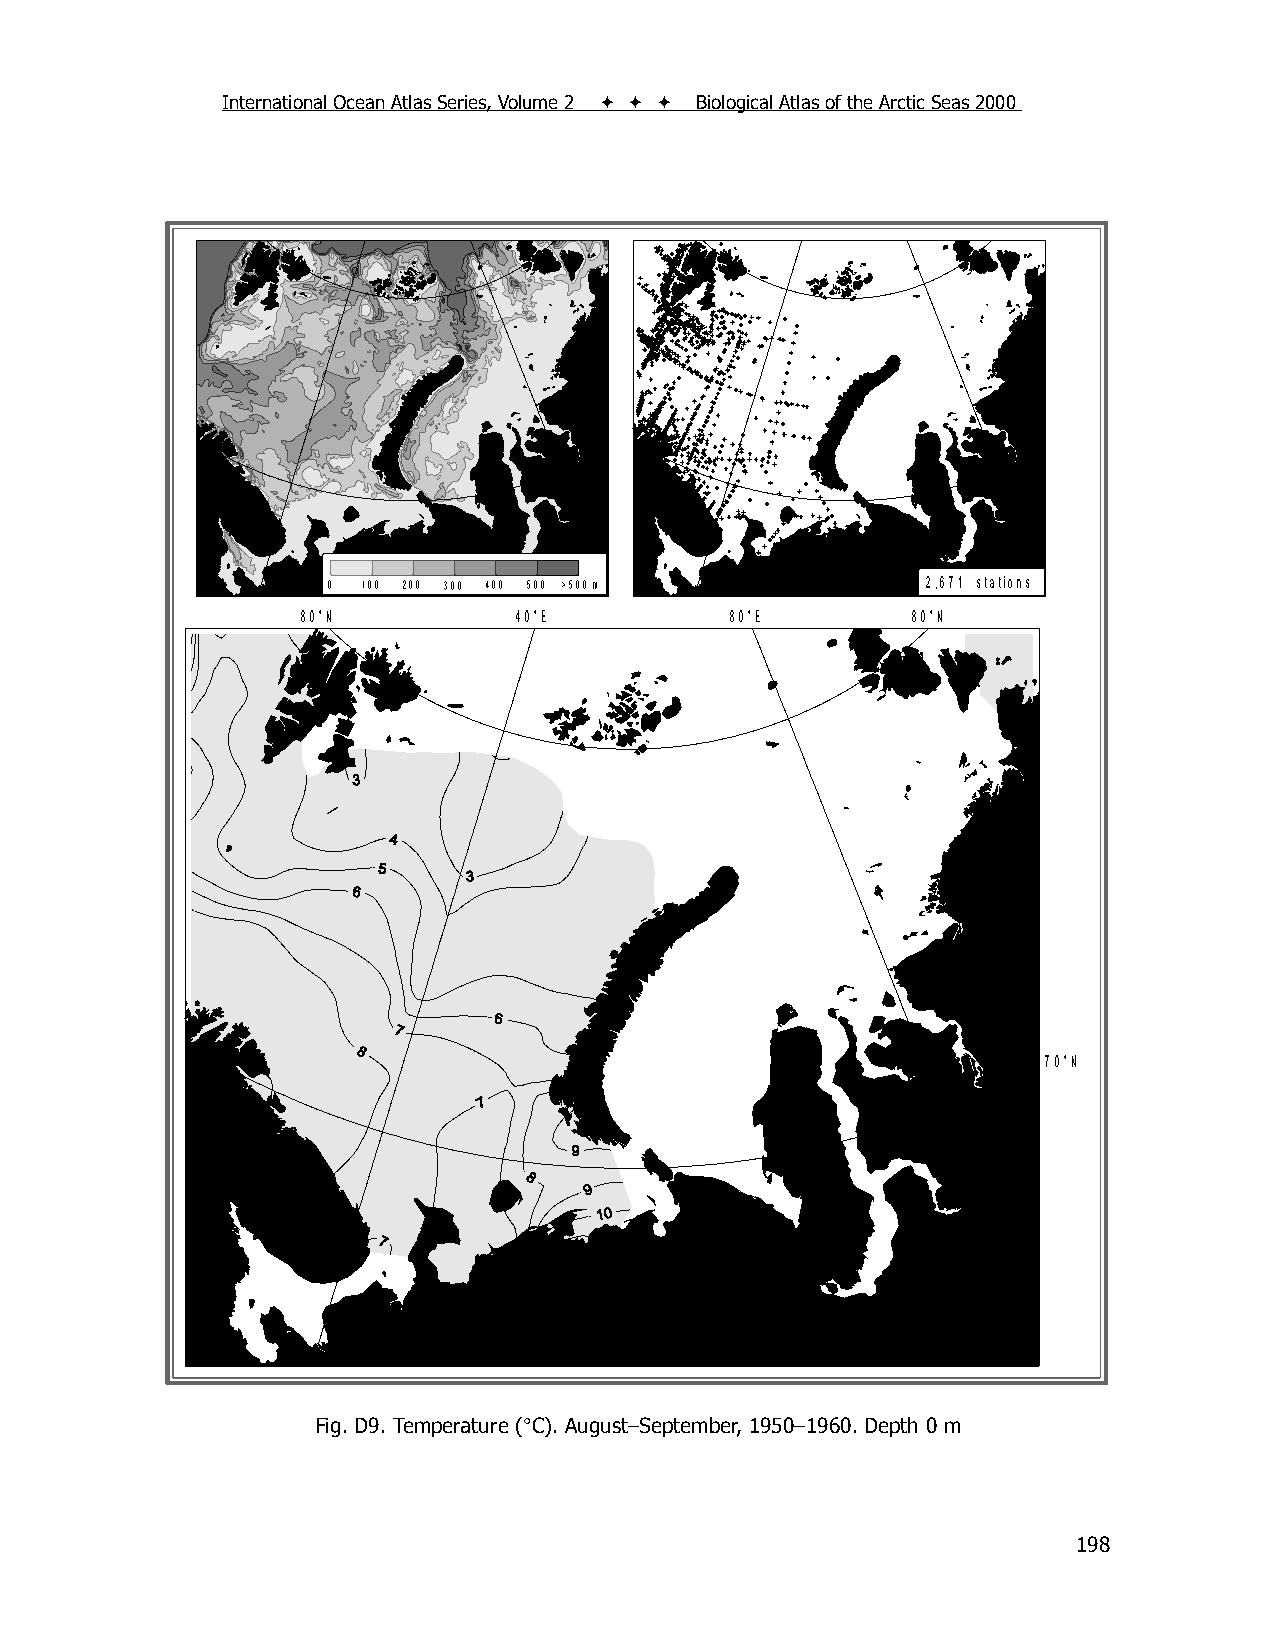
International Ocean Atlas Series, Volume 2    Biological Atlas of the Arctic Seas 2000
 0 100 200 300 400 500 >500 m           2,671 stations
 80°N          40°E          80°E        80°N
 70°N
 Fig. D9. Temperature (C). August–September, 1950–1960. Depth 0 m
 198